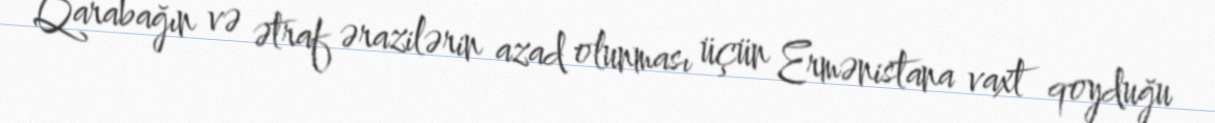
Qarabağın və ətraf ərazilərin azad olunması üçün Ermənistana vaxt qoyduğu